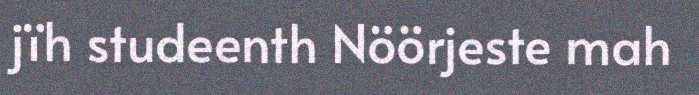
jïh studeenth Nöörjeste mah